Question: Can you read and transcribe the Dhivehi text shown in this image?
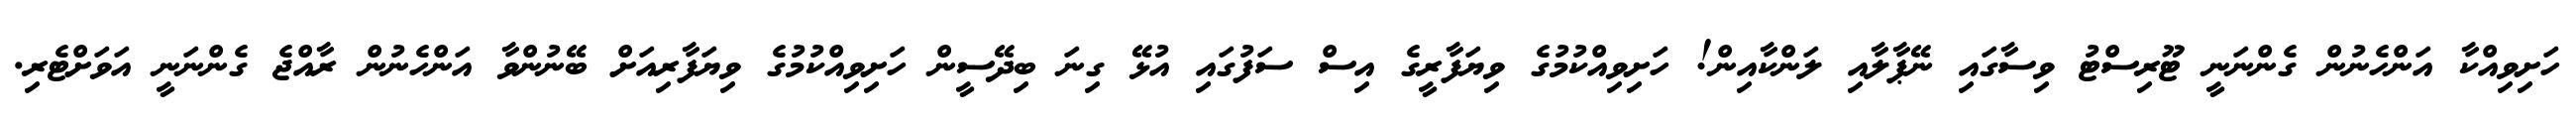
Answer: ހަށިވިއްކާ އަންހެނުން ގެންނަނީ ޓޫރިސްޓު ވިސާގައި ނޭޕާލާއި ލަންކާއިން! ހަށިވިއްކުމުގެ ވިޔަފާރީގެ އިސް ސަފުގައި އުޅޭ ގިނަ ބިދޭސީން ހަށިވިއްކުމުގެ ވިޔަފާރިއަށް ބޭނުންވާ އަންހެނުން ރާއްޖެ ގެންނަނީ އަވަށްޓެރި.